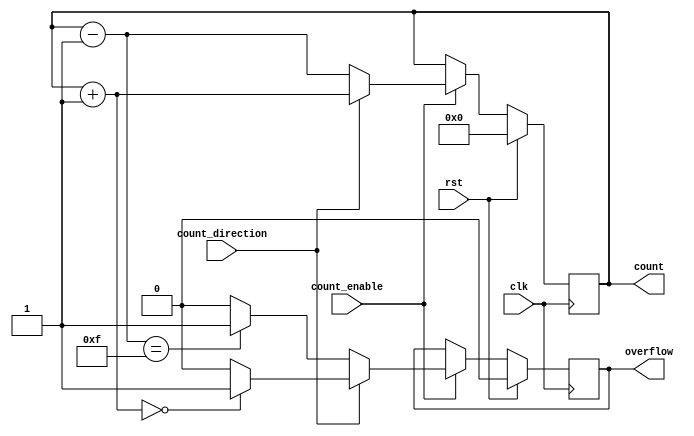
module cascaded_counter #(
    parameter WIDTH = 4 // Width of the counter (e.g., 4-bit, 8-bit)
)(
    input wire clk,              // Clock input
    input wire rst,              // Synchronous reset
    input wire count_enable,     // Count enable signal
    input wire count_direction,   // Count direction: 1 for up, 0 for down
    output reg [WIDTH-1:0] count, // Current count value
    output reg overflow          // Overflow flag
);

    // Internal signal to hold the next count value
    reg [WIDTH-1:0] next_count;

    // Synchronous reset and counting logic
    always @(posedge clk) begin
        if (rst) begin
            count <= 0; // Reset count to 0
            overflow <= 0; // Clear overflow flag
        end else if (count_enable) begin
            // Determine next count value based on direction
            if (count_direction) begin
                next_count = count + 1; // Count up
                // Check for overflow
                if (next_count == 0) begin
                    overflow <= 1; // Set overflow flag if wrapped around
                end else begin
                    overflow <= 0; // Clear overflow flag
                end
            end else begin
                next_count = count - 1; // Count down
                // Check for underflow
                if (next_count == {WIDTH{1'b1}}) begin
                    overflow <= 1; // Set overflow flag if wrapped around
                end else begin
                    overflow <= 0; // Clear overflow flag
                end
            end
            count <= next_count; // Update count
        end
    end

endmodule